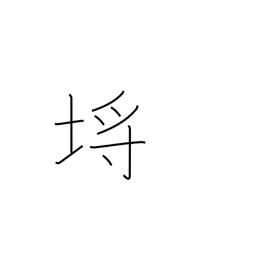
Meaning: picket fence